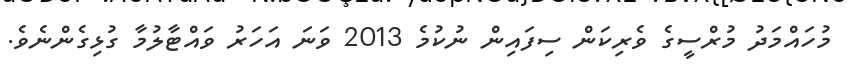
މުހައްމަދު މުރްސީގެ ވެރިކަން ސިފައިން ނުކުމެ 2013 ވަނަ އަހަރު ވައްޓާލުމާ ގުޅިގެންނެވެ.